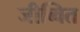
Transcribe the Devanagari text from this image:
जीब्वित